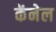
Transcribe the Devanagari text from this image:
केंनेल